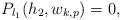
LaTeX: \begin{align*}P_{l_1}(h_2,w_{k,p}) =0,\end{align*}